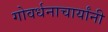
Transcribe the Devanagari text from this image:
गोवर्धनाचार्यांनी